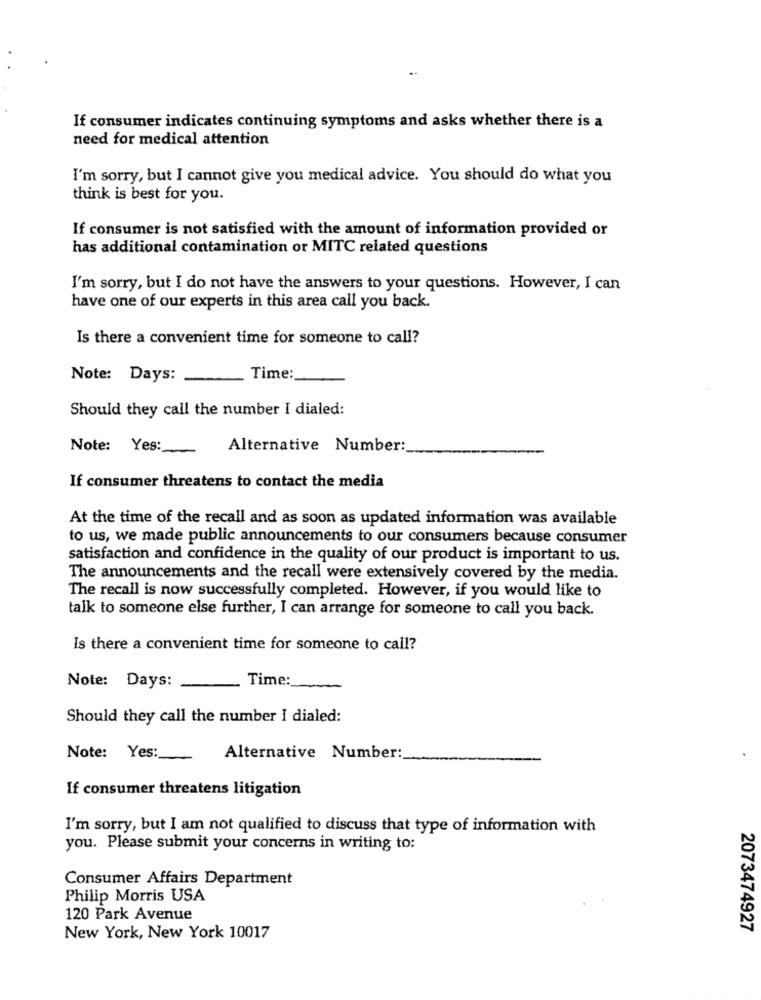
If consumer indicates continuing symptoms and asks whether there is a
need for medical attention
I'm sorry, but I cannot give you medical advice. You should do what you
think is best for you.
If consumer is not satisfied with the amount of information provided or
has additional contamination or MITC related questions
I'm sorry, but I do not have the answers to your questions. However, I can
have one of our experts in this area call you back.
Is there a convenient time for someone to call?
Note: Days:
Time :_
Should they call the number I dialed:
Note: Yes:
Alternative Number:
If consumer threatens to contact the media
At the time of the recall and as soon as updated information was available
to us, we made public announcements to our consumers because consumer
satisfaction and confidence in the quality of our product is important to us.
The announcements and the recall were extensively covered by the media.
The recall is now successfully completed. However, if you would like to
talk to someone else further, I can arrange for someone to call you back.
Is there a convenient time for someone to call?
Note: Days:
Time:
Should they call the number I dialed:
Note: Yes:
Alternative Number:
If consumer threatens litigation
I'm sorry, but I am not qualified to discuss that type of information with
you. Please submit your concerns in writing to:
Consumer Affairs Department
Philip Morris USA
120 Park Avenue
2073474927
New York, New York 10017